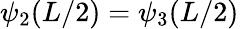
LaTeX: \psi_{2}(L/2)=\psi_{3}(L/2)\,